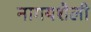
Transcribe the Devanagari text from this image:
नागयशैली